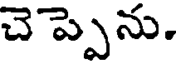
చెప్పెను.